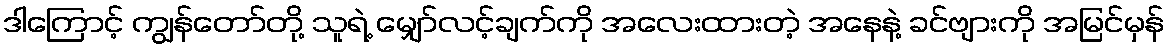
ဒါကြောင့် ကျွန်တော်တို့ သူရဲ့ မျှော်လင့်ချက်ကို အလေးထားတဲ့ အနေနဲ့ ခင်ဗျားကို အမြင်မှန်